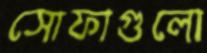
সোফাগুলো